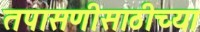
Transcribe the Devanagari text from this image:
तपासणीसाठीच्या